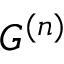
G ^ { ( n ) }